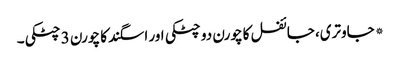
* جاوتری، جائفل کا چورن دو چٹکی اور اسگند کا چورن 3 چٹکی۔